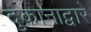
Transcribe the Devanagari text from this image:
दुकानाद्वारे